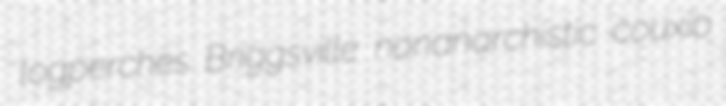
logperches Briggsville nonanarchistic couxio